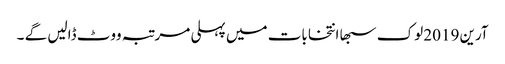
آرین 2019 لوک سبھا انتخابات میں پہلی مرتبہ ووٹ ڈالیں گے ۔